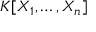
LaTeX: K [ X _ { 1 } , \ldots , X _ { n } ]